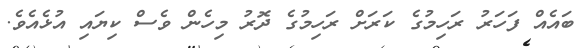
ބައެއް ފަހަރު ރަހިމުގެ ކަރަށް ރަހިމުގެ ދޮރު މިހެން ވެސް ކިޔައި އުޅެއެވެ.